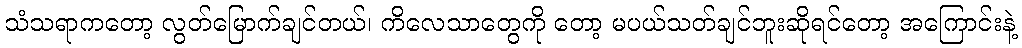
သံသရာကတော့ လွတ်မြောက်ချင်တယ်၊ ကိလေသာတွေကို တော့ မပယ်သတ်ချင်ဘူးဆိုရင်တော့ အကြောင်းနဲ့